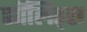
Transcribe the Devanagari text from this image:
सॉलिड्स